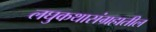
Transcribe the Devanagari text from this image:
लघुकथासंग्रहातील